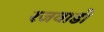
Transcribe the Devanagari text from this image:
रजवाडो